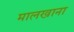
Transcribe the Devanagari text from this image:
मालखाना